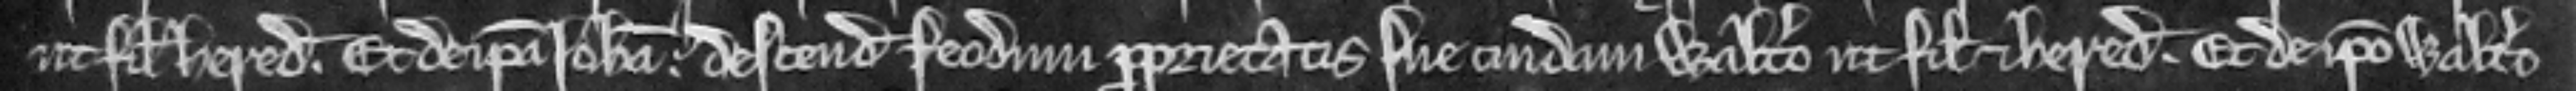
ut filio et heredi. Et de ipsa Johanna descendit feodum proprietatis sue cuidam Waltero ut filio et heredi. Et de ipso Waltero